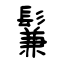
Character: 鬑